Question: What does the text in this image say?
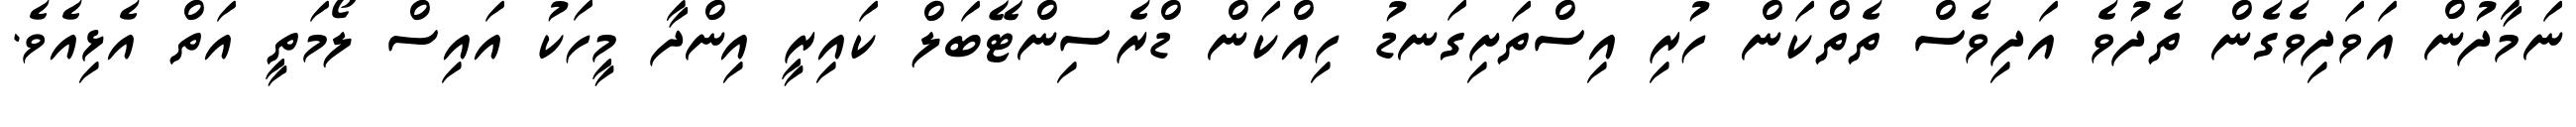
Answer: ނަމާދުން އަވަދިވެގެން ތެދުވެ އަދިވެސް ތެތްކަން ހުރި އިސްތަށިގަނޑު ހިއްކަން ޑްރެސިންޓޭބަލް ކައިރީ އިންދާ މީހަކު އައިސް ލޯމަތީ އަތް އެޅިއެވެ.